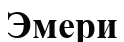
Эмери